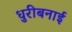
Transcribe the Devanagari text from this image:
धुरीबनाई